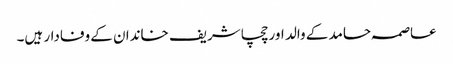
عاصمہ حامد کے والد اور چچا شریف خاندان کے وفادار ہیں۔